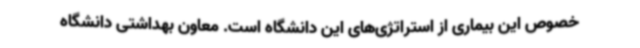
خصوص این بیماری از استراتژی‌های این دانشگاه است. معاون بهداشتی دانشگاه